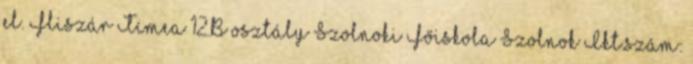
el. Fliszár Tímea 12.B osztály Szolnoki Főiskola Szolnok Ikt.szám: